Annual administration and progress report of the Indian Medical Department, Bombay
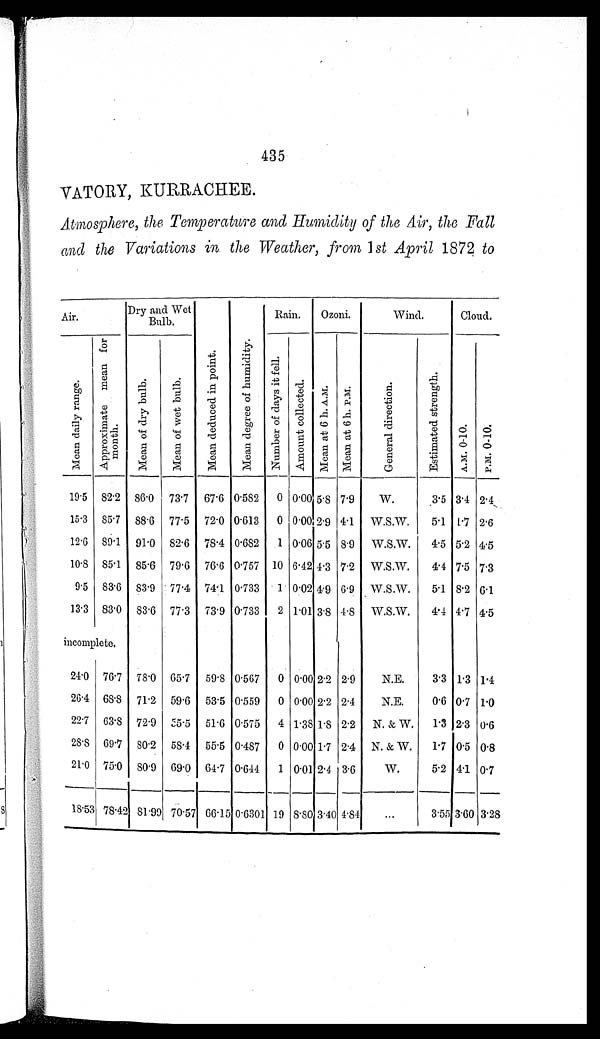
435
VATORY, KURRACHEE.
Atmosphere, the Temperature and Humidity of the Air, the Fall
and the Variations in the Weather, from 1 st April 1872 to
Air.
Dry and Wet
Bulb.
Rain.
Ozoni.
Wind.
Cloud.
M e a n d a i l y r a n g e .
A p p r o x i m a t e m e a n f o r m o n t h .
M e a n o f d r y b u l b .
M e a n o f w e t b u l b .
M e a n d e d u c e d i n p o i n t .
M e a n d e g r e e o f h u m i d i t y .
N u m b e r o f d a y s i t f e l l .
A m o u n t c o l l e c t e d .
M e a n a t 6 h . A . M .
M e a n a t 6 h . P . M .
G e n e r a l d i r e c t i o n .
E s t i m a t e d s t r e n g t h .
A . M . 0 - 1 0 .
P . M . 0 - 1 0 .
19.5
82.2
86.0
73.7
67.6 0.582
0 0.00 5.8 7.9
W.
3.5 3.4 2.4
15.3
85.7
88.6
77.5
72.0 0.613
0 0.00 2.9 4.1
W.S.W.
5.1
1.7 2.6
12.6
89.1
91.0
82.6
78.4 0.682
1 0.06 5.5 8.9
W.S.W.
4.5 5.2 4.5
10.8
85.1
85.6
79.6
76.6 0.757
10 6.42 4.3 7.2
W.S.W.
4.4 7.5 7.3
9.5
83.6
83.9
77.4
74.1 0.733
1 0.02 4.9 6.9
W.S.W.
5.1 8.2 6.1
13.3
83.0
83.6
77.3
73.9 0.733
2 1.01 3.8 4.8
W.S.W.
4.4 4.7 4.5
incomplete.
24.0
76.7
78.0
65.7
59.8 0.567
0 0.00 2.2 2.9
N.E.
3.3 1.3 1.4
26.4
68.8 71.2
59.6
53.5 0.559
0 0.00 2.2 2.4
N.E.
0.6 0.7 1.0
22.7
63.8 72.9
55.5
51.6 0.575
4 1.38 1.8 2.2
N. & W.
1.3 2.3 0.6
28.8
69.7
80.2
58.4
55.5 0.487
0 0.00 1.7 2.4
N. & W.
1.7 0.5 0.8
21.0
75.0
80.9
69.0
64.7 0.644
1 0.01 2.4 3.6
W.
5.2 4.1 0.7
18.53 78.42 81.99 70.57 66.15 0.6301 19 8.80 3.40 4.84
. . .
3.55 3.60 3.28